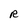
Character: R